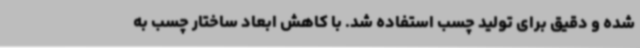
شده و دقیق برای تولید چسب استفاده شد. با کاهش ابعاد ساختار چسب به